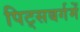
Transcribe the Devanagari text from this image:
पिट्सबर्गमें